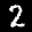
Label: 2